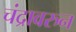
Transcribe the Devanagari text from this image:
चंद्रावरुन